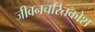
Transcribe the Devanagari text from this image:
जीवनचरितकोश